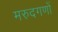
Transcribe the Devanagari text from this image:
मरुदगणों